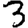
Digit: 3